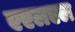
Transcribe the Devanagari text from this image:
एएलएल